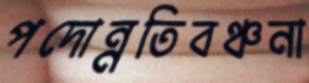
পদোন্নতিবঞ্চনা